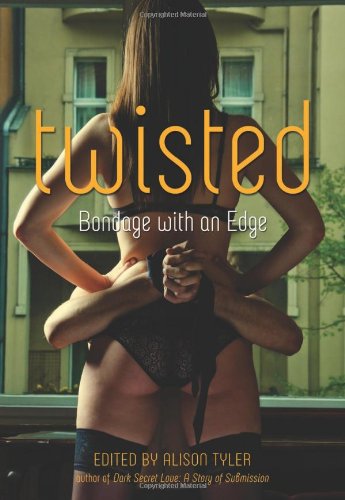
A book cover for Twisted: Bondage With an Edge; Romance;